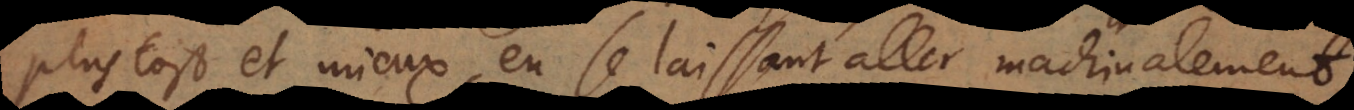
plustost et mieux en se laissant aller machinalement